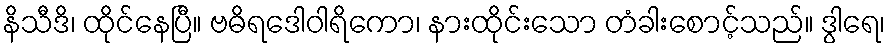
နိသီဒိ၊ ထိုင်နေပြီ။ ဗဓိရဒေါဝါရိကော၊ နားထိုင်းသော တံခါးစောင့်သည်။ ဒွါရေ၊